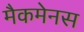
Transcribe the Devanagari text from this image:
मैकमेनस